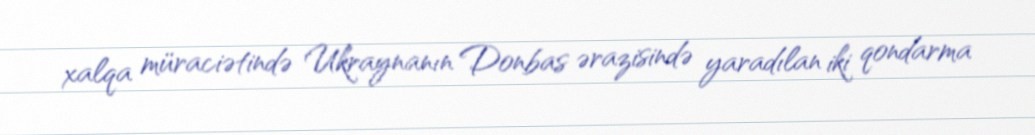
xalqa müraciətində Ukraynanın Donbas ərazisində yaradılan iki qondarma